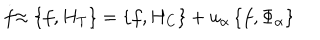
LaTeX: \stackrel { . } { f } \approx \left\{ f , H _ { T } \right\} = \left\{ f , H _ { C } \right\} + u _ { \alpha } \left\{ f , \Phi _ { \alpha } \right\}